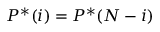
P ^ { * } ( i ) = P ^ { * } ( N - i )